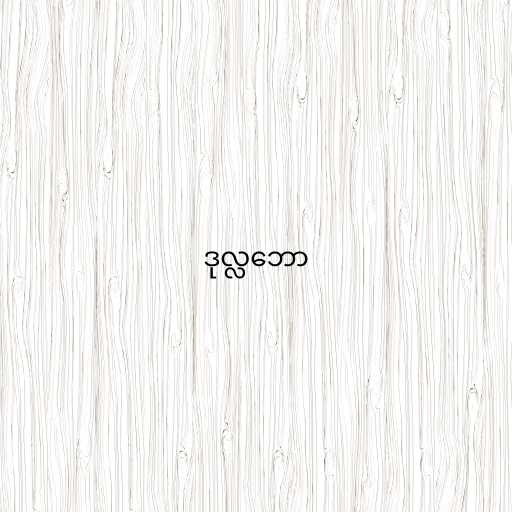
ဒုလ္လဘော